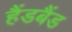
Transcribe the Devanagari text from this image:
हैंडबैंड